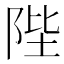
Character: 陛